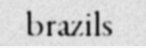
brazils